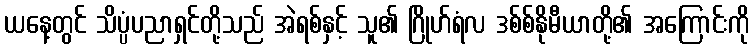
ယနေ့တွင် သိပ္ပံပညာရှင်တို့သည် အဲရစ်နှင့် သူ၏ ဂြိုဟ်ရံလ ဒစ်စ်နိုမီယာတို့၏ အကြောင်းကို